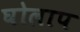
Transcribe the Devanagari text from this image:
घोलाप